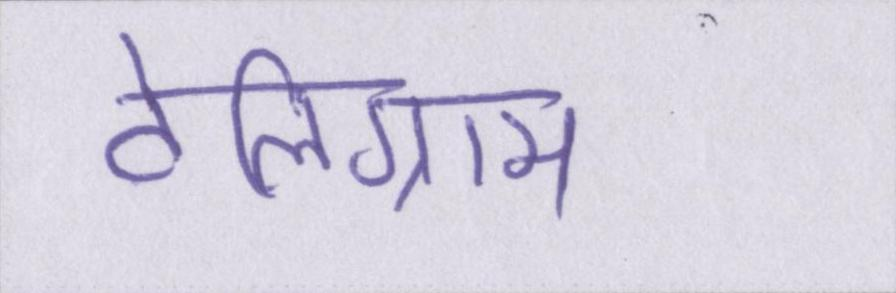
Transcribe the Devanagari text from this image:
टेलिग्राम